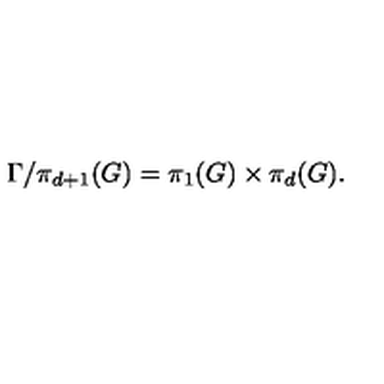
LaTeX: \Gamma / \pi _ { d + 1 } ( G ) = \pi _ { 1 } ( G ) \times \pi _ { d } ( G ) .